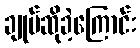
ချုပ်ဆိုခဲ့ကြောင်း